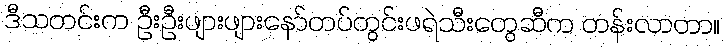
ဒီသတင်းက ဦးဦးဖျားဖျားနော်တပ်တွင်းဖရဲသီးတွေဆီက တန်းလာတာ။